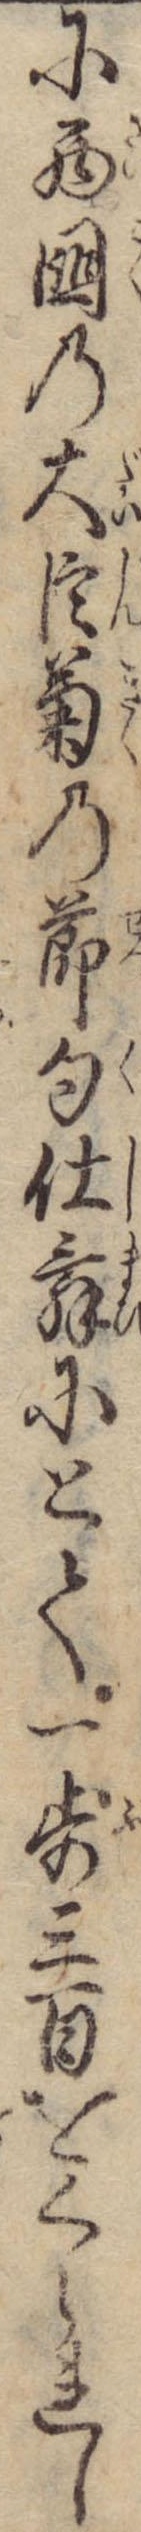
に西国の大臣菊の節句仕舞にとて一歩三百をくられし